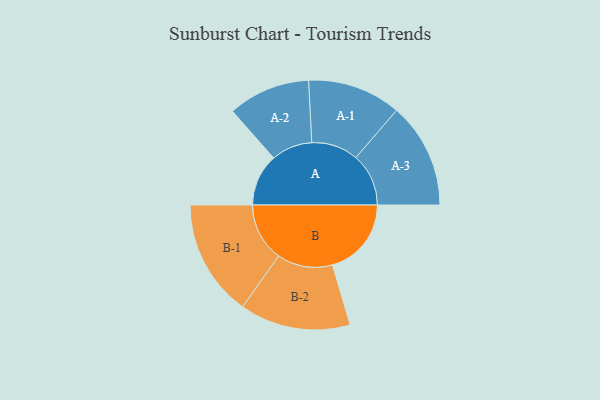
{"axis": {"x": "Segment", "y": "Value"}, "legend": ["", "A", "B"], "data": [{"x": "A", "y": 237, "type": ""}, {"x": "B", "y": 359, "type": ""}, {"x": "A-1", "y": 213, "type": "A"}, {"x": "A-2", "y": 187, "type": "A"}, {"x": "A-3", "y": 240, "type": "A"}, {"x": "B-1", "y": 266, "type": "B"}, {"x": "B-2", "y": 252, "type": "B"}]}